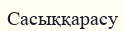
Сасыққарасу